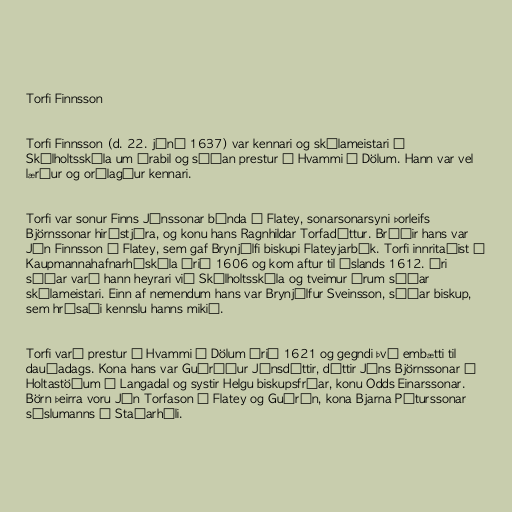
Torfi Finnsson

Torfi Finnsson (d. 22. júní 1637) var kennari og skólameistari í
Skálholtsskóla um árabil og síðan prestur í Hvammi í Dölum. Hann var vel
lærður og orðlagður kennari.

Torfi var sonur Finns Jónssonar bónda í Flatey, sonarsonarsyni Þorleifs
Björnssonar hirðstjóra, og konu hans Ragnhildar Torfadóttur. Bróðir hans var
Jón Finnsson í Flatey, sem gaf Brynjólfi biskupi Flateyjarbók. Torfi innritaðist í
Kaupmannahafnarháskóla árið 1606 og kom aftur til Íslands 1612. Ári
síðar varð hann heyrari við Skálholtsskóla og tveimur árum síðar
skólameistari. Einn af nemendum hans var Brynjólfur Sveinsson, síðar biskup,
sem hrósaði kennslu hanns mikið.

Torfi varð prestur í Hvammi í Dölum árið 1621 og gegndi því embætti til
dauðadags. Kona hans var Guðríður Jónsdóttir, dóttir Jóns Björnssonar á
Holtastöðum í Langadal og systir Helgu biskupsfrúar, konu Odds Einarssonar.
Börn þeirra voru Jón Torfason í Flatey og Guðrún, kona Bjarna Péturssonar
sýslumanns á Staðarhóli.